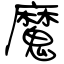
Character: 魔